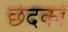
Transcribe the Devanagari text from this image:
छेदकों